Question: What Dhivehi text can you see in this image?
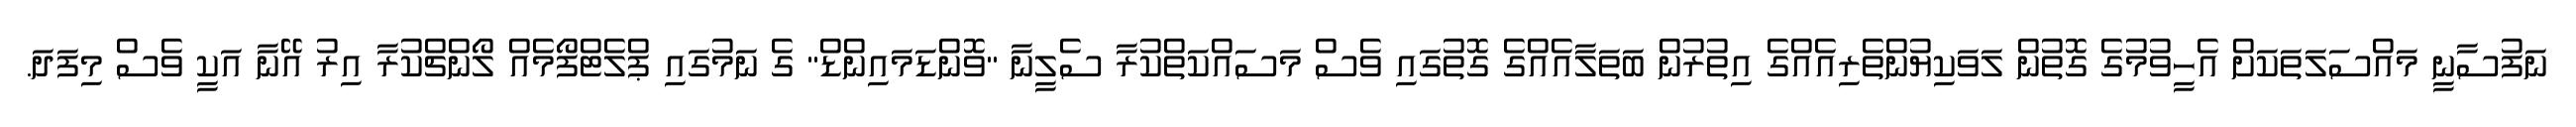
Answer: ނަފުސާނީ މައްސަލަތަކަށް އެހީވުމުގެ ގޮތުން ލަވަކިޔުންތެރިއެއްގެ އިތުރުން ބަތަލާއެއްގެ ގޮތުގައި ވެސް މަސައްކަތްކުރާ ސެލީނާ "ވޮންޑަމައިންޑް" ގެ ނަމުގައި ޕްލެޓްފޯމެއް ލޯންޗްކުރާ އިރު އޭނާ އަކީ ވެސް މިފަދަ.